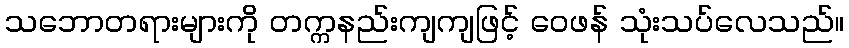
သဘောတရားများကို တက္ကနည်းကျကျဖြင့် ဝေဖန် သုံးသပ်လေသည်။